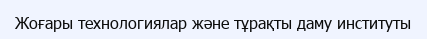
Жоғары технологиялар және тұрақты даму институты